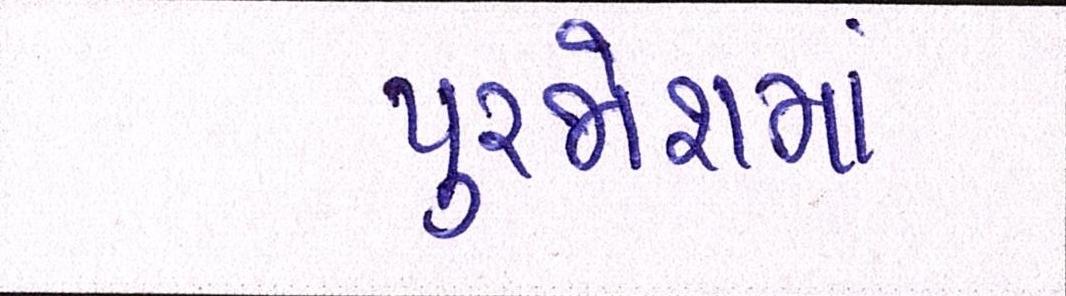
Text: પુરજોશમાં